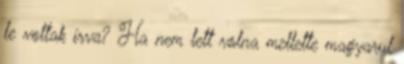
le voltak írva? Ha nem lett volna mellette magyarul